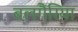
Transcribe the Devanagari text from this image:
बलगैरिया